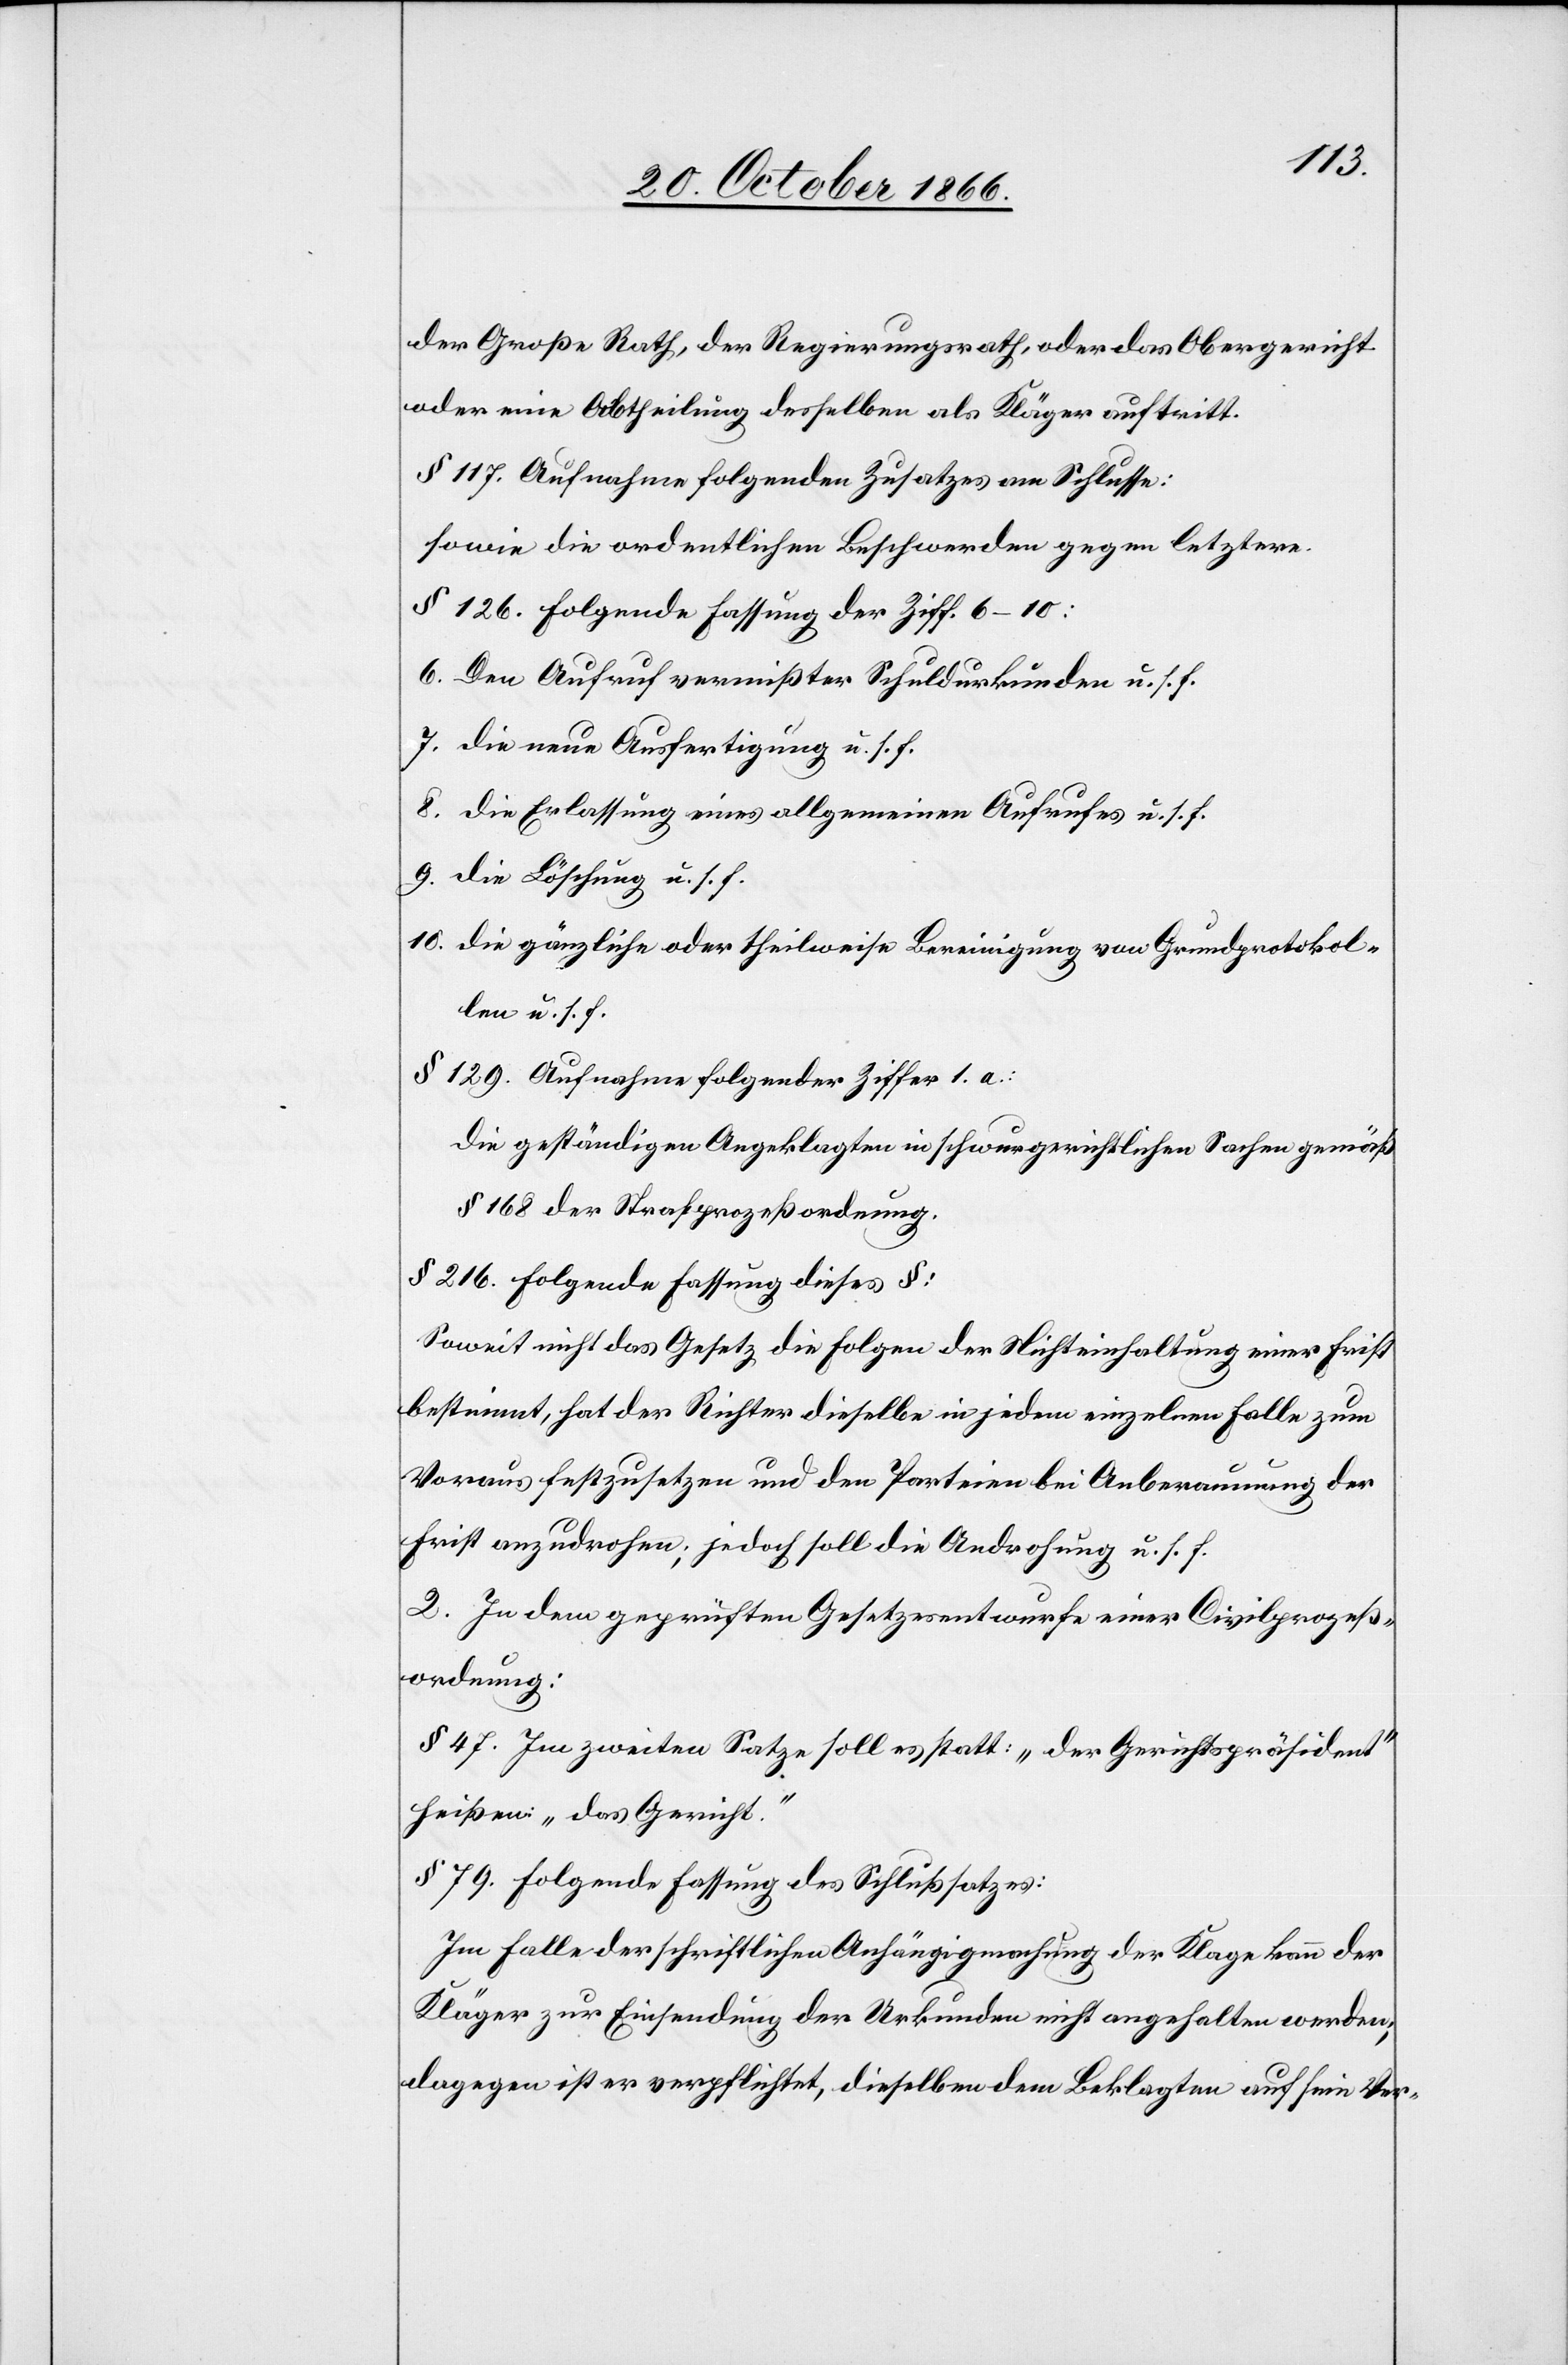
der Große Rath, der Regierungsrath, oder das Obergericht
oder eine Abtheilung desselben als Kläger auftritt.
§ 117. Aufnahme folgenden Zusatzes am Schlusse:
sowie die ordentlichen Beschwerden gegen letztere.
§ 126. Folgende Fassung der Ziff. 6–10:
6. Den Aufruf vermißter Schuldurkunden u. s. f.
7. die neue Ausfertigung u. s. f.
8. die Erlassung eines allgemeinen Aufrufes u. s. f.
9. die Löschung u. s. f.
10. die gänzliche oder theilweise Bereinigung von Grundprotokol¬
len u. s. f.
§ 129. Aufnahme folgender Ziffer 1.a:
die geständigen Angeklagten in schwurgerichtlichen Sachen gemäß
§ 168 der Strafprozeßordnung.
§ 216. folgende Fassung dieses §:
Soweit nicht das Gesetz die Folgen der Nichteinhaltung einer Frist
bestimmt, hat der Richter dieselbe in jedem einzelnen Falle zum
Voraus festzusetzen und den Parteien bei Anberaumung der
Frist anzudrohen; jedoch soll die Androhung u. s. f.
2. In dem geprüften Gesetzesentwurfe einer Civilprozeß¬
ordnung:
§ 47. Im zweiten Satze soll es statt: „der Gerichtspräsident“
heißen: „das Gericht.“
§ 79. Folgende Fassung des Schlußsatzes:
Im Falle der schriftlichen Anhängigmachung der Klage kann der
Kläger zur Einsendung der Urkunden nicht angehalten werden;
dagegen ist er verpflichtet, dieselben dem Beklagten auf sein Ver-